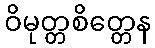
ဝိမုတ္တစိတ္တေန